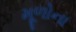
મૂળોના